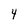
Character: 4